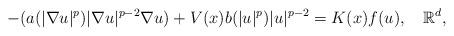
LaTeX: \begin{align*}-(a(\vert \nabla u\vert^{p})\vert \nabla u\vert^{p-2}\nabla u)+V(x)b(\vert u\vert^{p})\vert u\vert^{p-2}=K(x)f(u),\ \ \ \mathbb{R}^{d}, \end{align*}